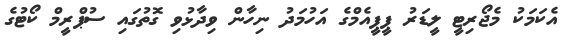
އެކަމަކު މެޖޯރިޓީ ލީޑަރު ޕީޕީއެމްގެ އަހުމަދު ނިހާން ވިދާޅުވި ގޮތުގައި ސުޕްރީމް ކޯޓުގެ